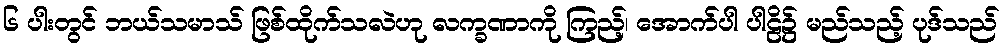
၆ ပါးတွင် ဘယ်သမာသ် ဖြစ်ထိုက်သလဲဟု လက္ခဏာကို ကြည့်၊ အောက်ပါ ပါဠိ၌ မည်သည့် ပုဒ်သည်